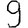
Digit: 9